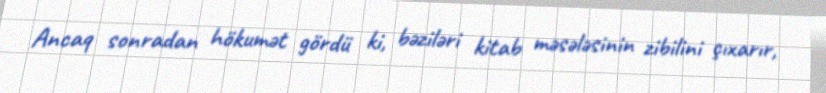
Ancaq sonradan hökumət gördü ki, bəziləri kitab məsələsinin zibilini çıxarır,